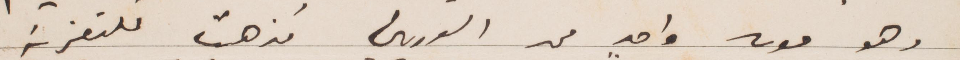
وهو موت واحد من السوريين فذهبت للتعزية